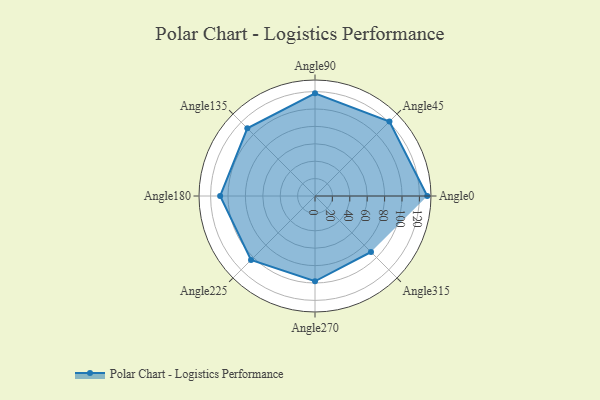
{"axis": {"x": "Angle", "y": "Radius"}, "legend": [""], "data": [{"x": "Angle0", "y": 129.0, "type": ""}, {"x": "Angle45", "y": 121.0, "type": ""}, {"x": "Angle90", "y": 118.0, "type": ""}, {"x": "Angle135", "y": 110.0, "type": ""}, {"x": "Angle180", "y": 109.0, "type": ""}, {"x": "Angle225", "y": 104.0, "type": ""}, {"x": "Angle270", "y": 98.0, "type": ""}, {"x": "Angle315", "y": 91.0, "type": ""}]}